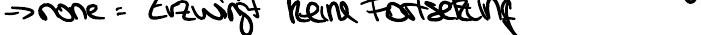
-> none = Erzwingt keine Fortsetzung